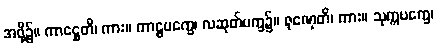
အဖို့၌။ ကာဋ္ဌေတိ၊ ကား။ ကာဠပက္ခေ၊ လဆုတ်ပက္ခ၌။ ဇုဏှေတိ၊ ကား။ သုက္ကပက္ခေ၊